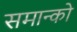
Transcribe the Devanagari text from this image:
समान्को